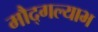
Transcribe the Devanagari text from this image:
मौद्गल्याभ